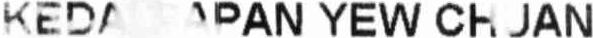
KEDA PAPAN YEW CHUAN